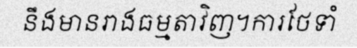
នឹងមានរាងធម្មតាវិញ។ការថែទាំ